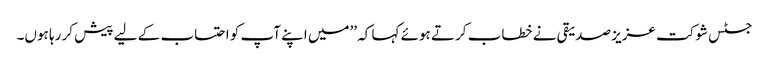
جسٹس شوکت عزیز صدیقی نے خطاب کرتے ہوئے کہا کہ ’’میں اپنے آپ کو احتساب کے لیے پیش کر رہا ہوں۔